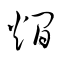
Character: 燗